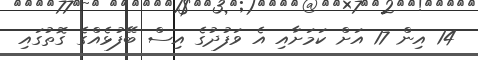
14 އިން 17 އަށް ކަމަށާއި އެ ވަފުދުގެ އިސް ބޭފުޅެއްގެ ގޮތުގައި